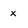
Character: x